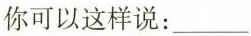
你可以这样说：___